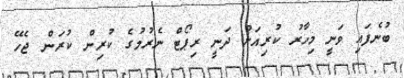
ބުނެފައި ވަނީ މިހާރު ކުރިއަށް ދަނީ ރިޕޯޓް ނެރުމުގެ ކުރިން ކުރަން ޖެހޭ